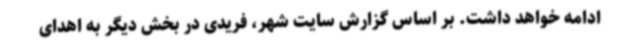
ادامه خواهد داشت. بر اساس گزارش سایت شهر، فریدی در بخش دیگر به اهدای